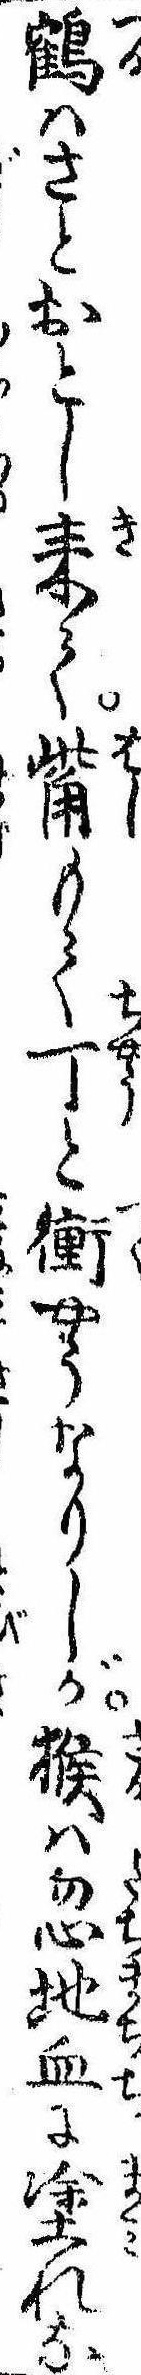
鶴はさとおとし来て觜もて丁と衡やうなりしが猴は忽地血に塗れな